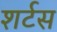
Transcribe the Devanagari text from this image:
शर्टस